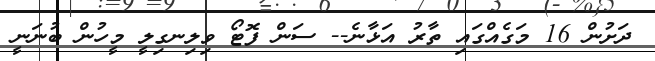
ދަށުން 16 މަގެއްގައި ތާރު އަޅާނެ-- ސަން ފޮޓޯ ވިލިނގިލީ މީހުން ބުނަނީ